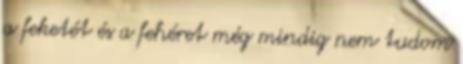
a feketét és a fehéret még mindig nem tudom